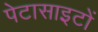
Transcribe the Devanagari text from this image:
पेटासाइटों